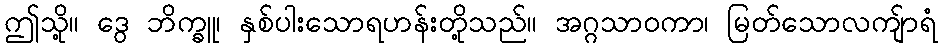
ဤသို့။ ဒွေ ဘိက္ခူ၊ နှစ်ပါးသောရဟန်းတို့သည်။ အဂ္ဂသာဝကာ၊ မြတ်သောလကျ်ာရံ